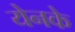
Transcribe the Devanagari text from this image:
येनके